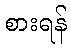
စားရန်